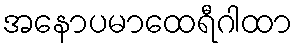
အနောပမာထေရီဂါထာ